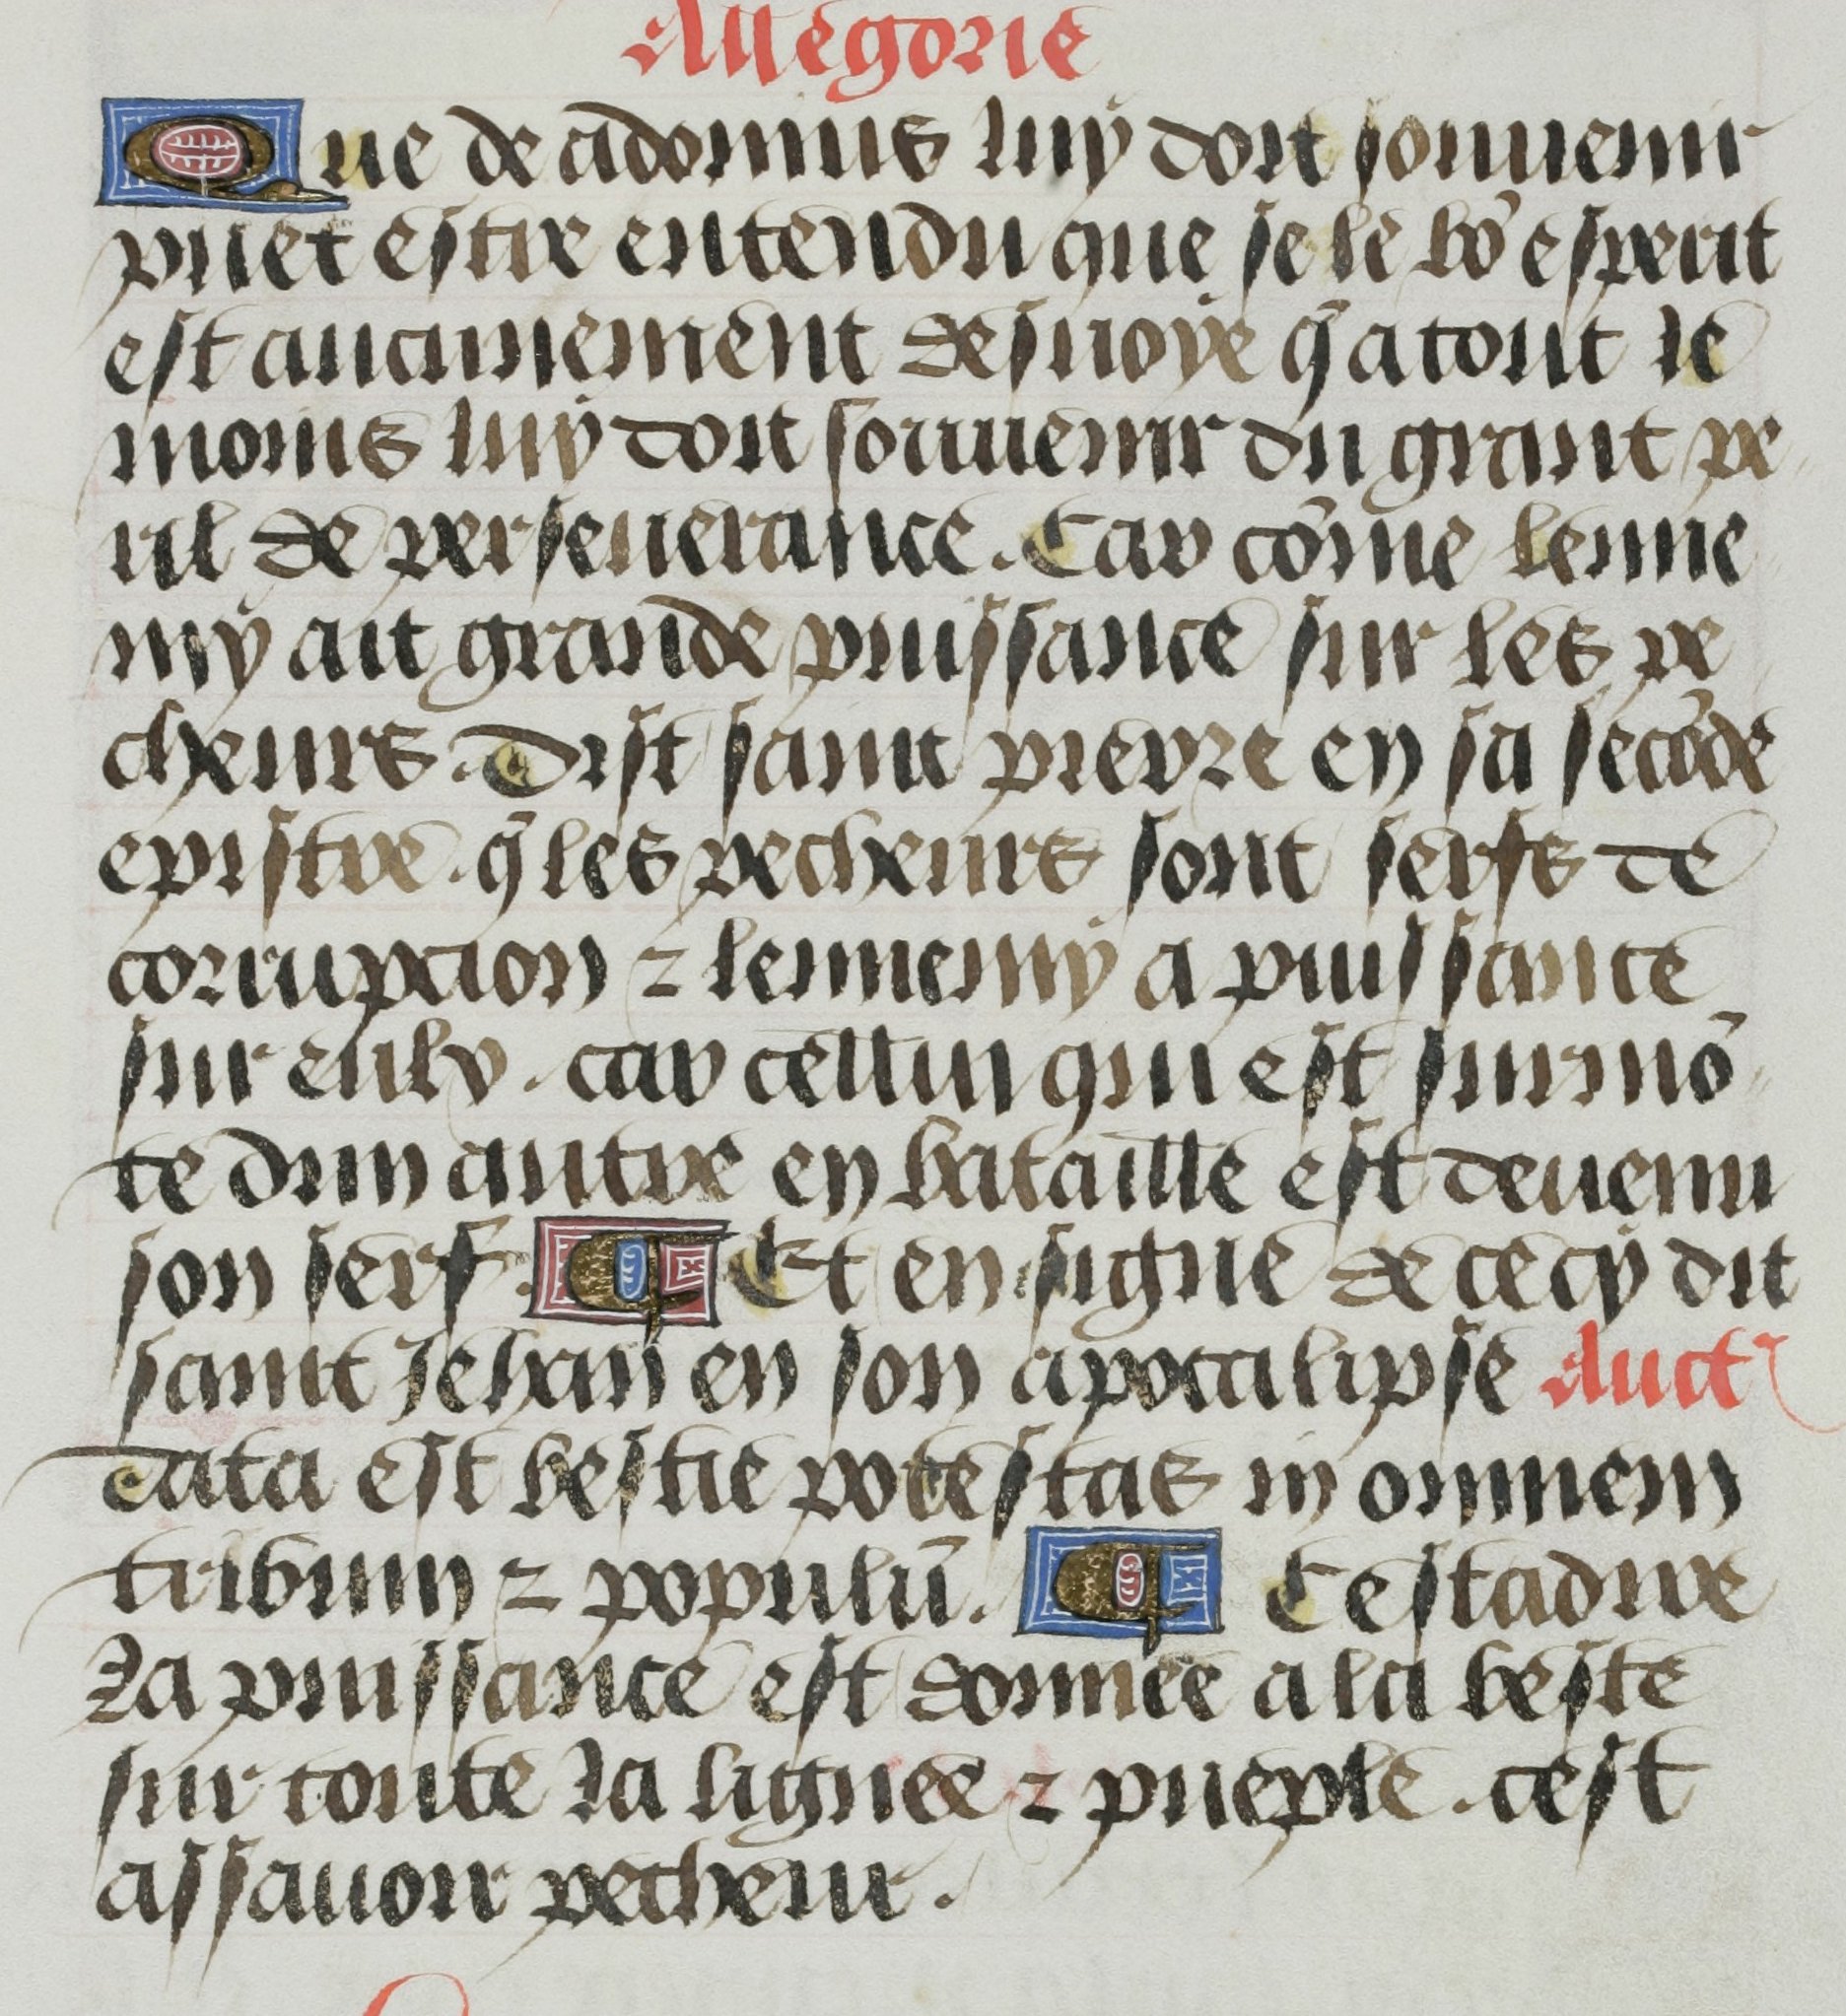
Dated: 1455–1465